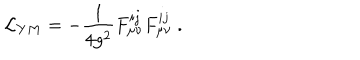
{ \cal L } _ { Y M } = - \frac { 1 } { 4 g ^ { 2 } } F _ { \mu \nu } ^ { i j } F _ { \mu \nu } ^ { i j } ~ .